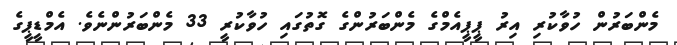
މެންބަރުން ހުވާކުރި އިރު ޕީޕީއެމްގެ މެންބަރުންގެ ގޮތުގައި ހުވާކުރީ 33 މެންބަރުންނެވެ. އެމްޑީޕީގެ